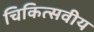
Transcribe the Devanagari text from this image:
चिकित्सवीय